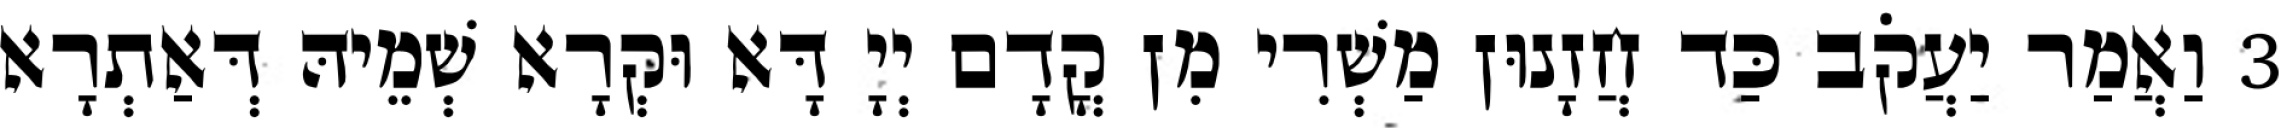
3 וַאֲמַר יַעֲקֹב כַּד חֲזָנוּן מַשְׁרִי מִן קֳדָם יְיָ דָּא וּקְרָא שְׁמֵיהּ דְּאַתְרָא